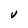
Character: V